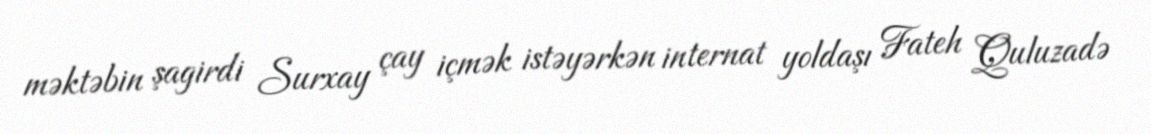
məktəbin şagirdi Surxay çay içmək istəyərkən internat yoldaşı Fateh Quluzadə